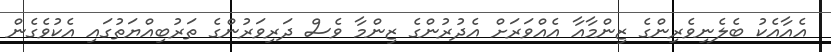
އެއާއެކު ބެލެނިވެރިންގެ ޒިންމާއާ އެއްވަރަށް އެދުރުންގެ ޒިންމާ ވެސް ދަރިވަރުންގެ ތަރުބިއްޔަތުގައި އެކުވެގެން